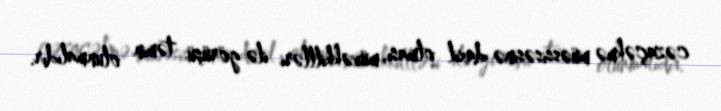
cəzaçəkmə müəssisəsinə daxil olması, müvəkkillləri ilə görüşü təmin olunmalıdır.